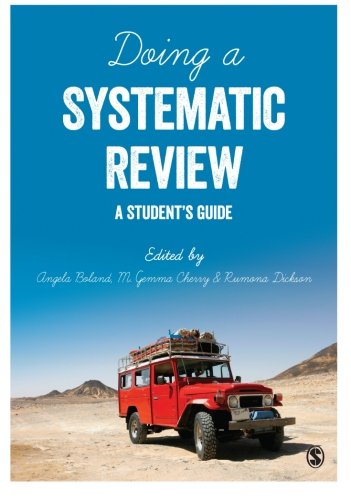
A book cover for Doing a Systematic Review: A Student's Guide; Politics & Social Sciences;